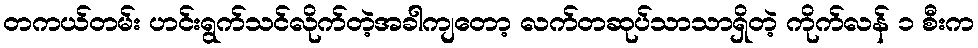
တကယ်တမ်း ဟင်းရွက်သင်လိုက်တဲ့အခါကျတော့ လက်တဆုပ်သာသာရှိတဲ့ ကိုက်လန် ၁ စီးက